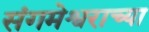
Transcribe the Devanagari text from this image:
संगमेश्वराच्या